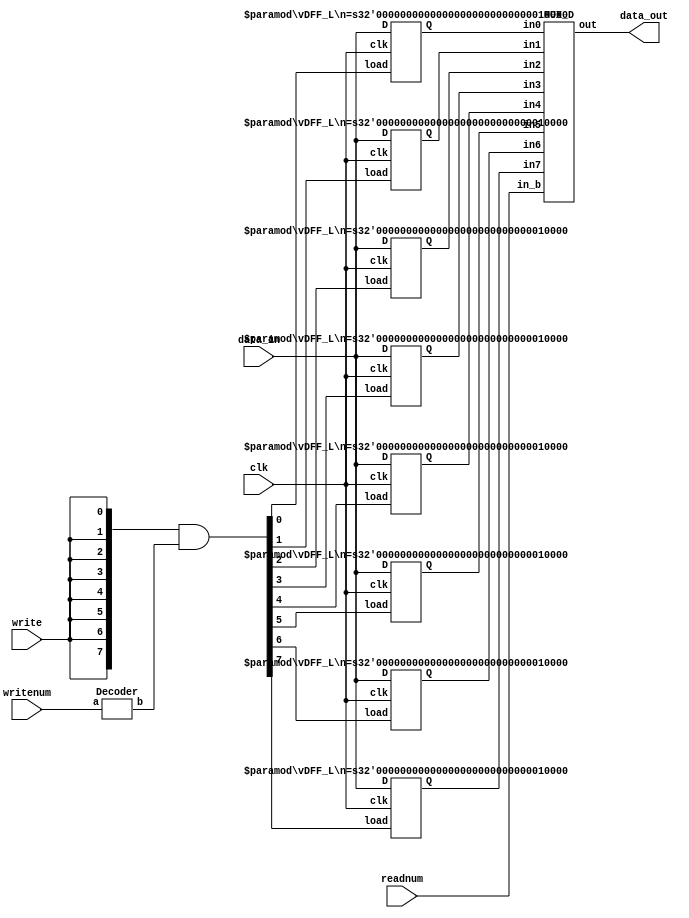
module regfile(data_in, writenum, write, readnum, clk, data_out);
  input [15:0] data_in;
  input [2:0] writenum, readnum;
  input write, clk;
  output [15:0] data_out;

  wire [15:0] load;
  wire [7:0] one_hot_out;
  wire [15:0] R0, R1, R2, R3, R4, R5, R6, R7;

  // Decode 3-bit input of according register. 
  Decoder decoder(writenum, one_hot_out);

  // Determine which resister the one_hot_out is going to output. 
  assign load = {8{write}} & one_hot_out;

  vDFF_L #(16) R0_out(clk, load[0], data_in, R0);
  vDFF_L #(16) R1_out(clk, load[1], data_in, R1);
  vDFF_L #(16) R2_out(clk, load[2], data_in, R2);
  vDFF_L #(16) R3_out(clk, load[3], data_in, R3);
  vDFF_L #(16) R4_out(clk, load[4], data_in, R4);
  vDFF_L #(16) R5_out(clk, load[5], data_in, R5);
  vDFF_L #(16) R6_out(clk, load[6], data_in, R6);
  vDFF_L #(16) R7_out(clk, load[7], data_in, R7);

  // Mux at the end. Read from accoding resistor. 
  MUX_D read(R0, R1, R2, R3, R4, R5, R6, R7, readnum, data_out);
endmodule


// 3:8 Decoder
module Decoder(a, b);
  input [2:0]a;
  output [7:0]b;

  
  wire [7:0] b = 1 << a;
endmodule


//DFF for R0~R7 with clk and load.
module vDFF_L(clk, load, D, Q);
  parameter n=16;
  input clk, load;
  input [n-1:0] D;
  output [n-1:0] Q;

  reg [n-1:0] Q;
  wire [n-1:0] load_out;

  // if load is 1, next output = input.
  assign load_out = load ? D : Q;

  // Change output when posedge clk
  always @(posedge clk)
    Q = load_out;
endmodule 


//Multiplexer with decoder
module MUX_D(in0, in1, in2, in3, in4, in5, in6, in7, in_b, out);
  input [15:0] in0, in1, in2, in3, in4, in5, in6, in7;
  input [2:0] in_b;
  output [15:0] out;

  reg[15:0] out;
  wire[7:0] out_b;

  // Decoder
  Decoder decoder(in_b, out_b);

  // Which to output.
  always@(*) begin
    casex(out_b)
	8'b00000001 : out = in0;
	8'b00000010 : out = in1;
	8'b00000100 : out = in2;
	8'b00001000 : out = in3;
	8'b00010000 : out = in4;
	8'b00100000 : out = in5;
	8'b01000000 : out = in6;
	8'b10000000 : out = in7;
	default out = 16'b0;
    endcase
  end
endmodule